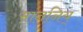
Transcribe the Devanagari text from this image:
माननिय्